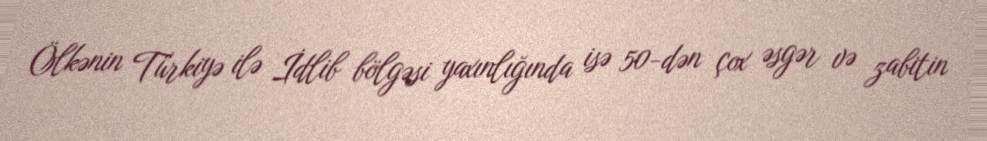
Ölkənin Türkiyə ilə İdlib bölgəsi yaxınlığında isə 50-dən çox əsgər və zabitin